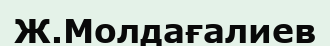
Ж.Молдағалиев